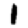
Digit: 1